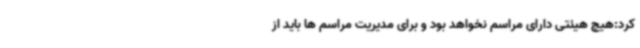
کرد:هیچ هیئتی دارای مراسم نخواهد بود و برای مدیریت مراسم ها باید از